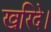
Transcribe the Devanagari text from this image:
खरिदे।